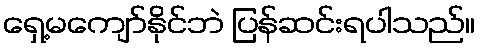
ရှေ့မကျော်နိုင်ဘဲ ပြန်ဆင်းရပါသည်။